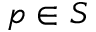
p \in S